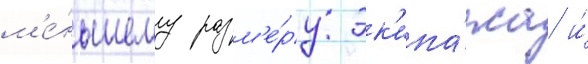
м'е́ньшему разм'е́ру эк'ипа́жа и́